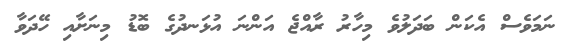
ނަމަވެސް އެކަން ބަދަލުވެ މިހާރު ރާއްޖެ އަންނަ އުޅަނދުގެ ބޮޑު މިނަށާއި ހޭދަވާ